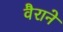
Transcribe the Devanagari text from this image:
वैराने